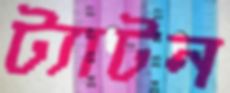
ট্যাটন